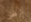
الرفض